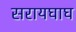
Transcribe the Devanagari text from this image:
सरायघाघ